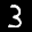
Label: 3